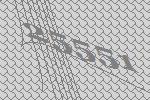
25551